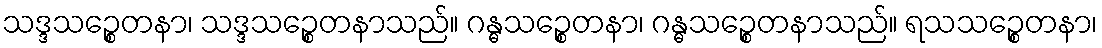
သဒ္ဒသဉ္စေတနာ၊ သဒ္ဒသဉ္စေတနာသည်။ ဂန္ဓသဉ္စေတနာ၊ ဂန္ဓသဉ္စေတနာသည်။ ရသသဉ္စေတနာ၊